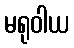
မရုဝါယ